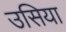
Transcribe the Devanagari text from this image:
उसिया